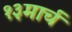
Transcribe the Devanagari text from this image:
१३मार्च